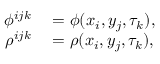
\begin{array} { r l } { \phi ^ { i j k } } & { { } = \phi ( x _ { i } , y _ { j } , \tau _ { k } ) , } \\ { \rho ^ { i j k } } & { { } = \rho ( x _ { i } , y _ { j } , \tau _ { k } ) , } \end{array}